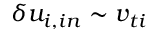
\delta u _ { i , i n } \sim v _ { t i }